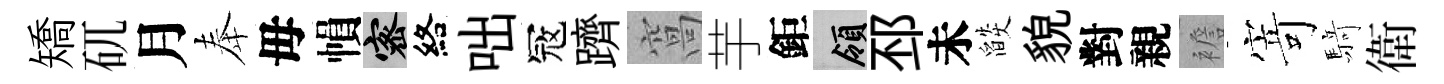
矯矹月奉毋𢄙密絡咄冦躋窩芋鉅領邳未燄貌對親襜𭔃𮪍衛